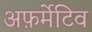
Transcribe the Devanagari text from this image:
अफ़र्मेटिव